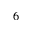
6